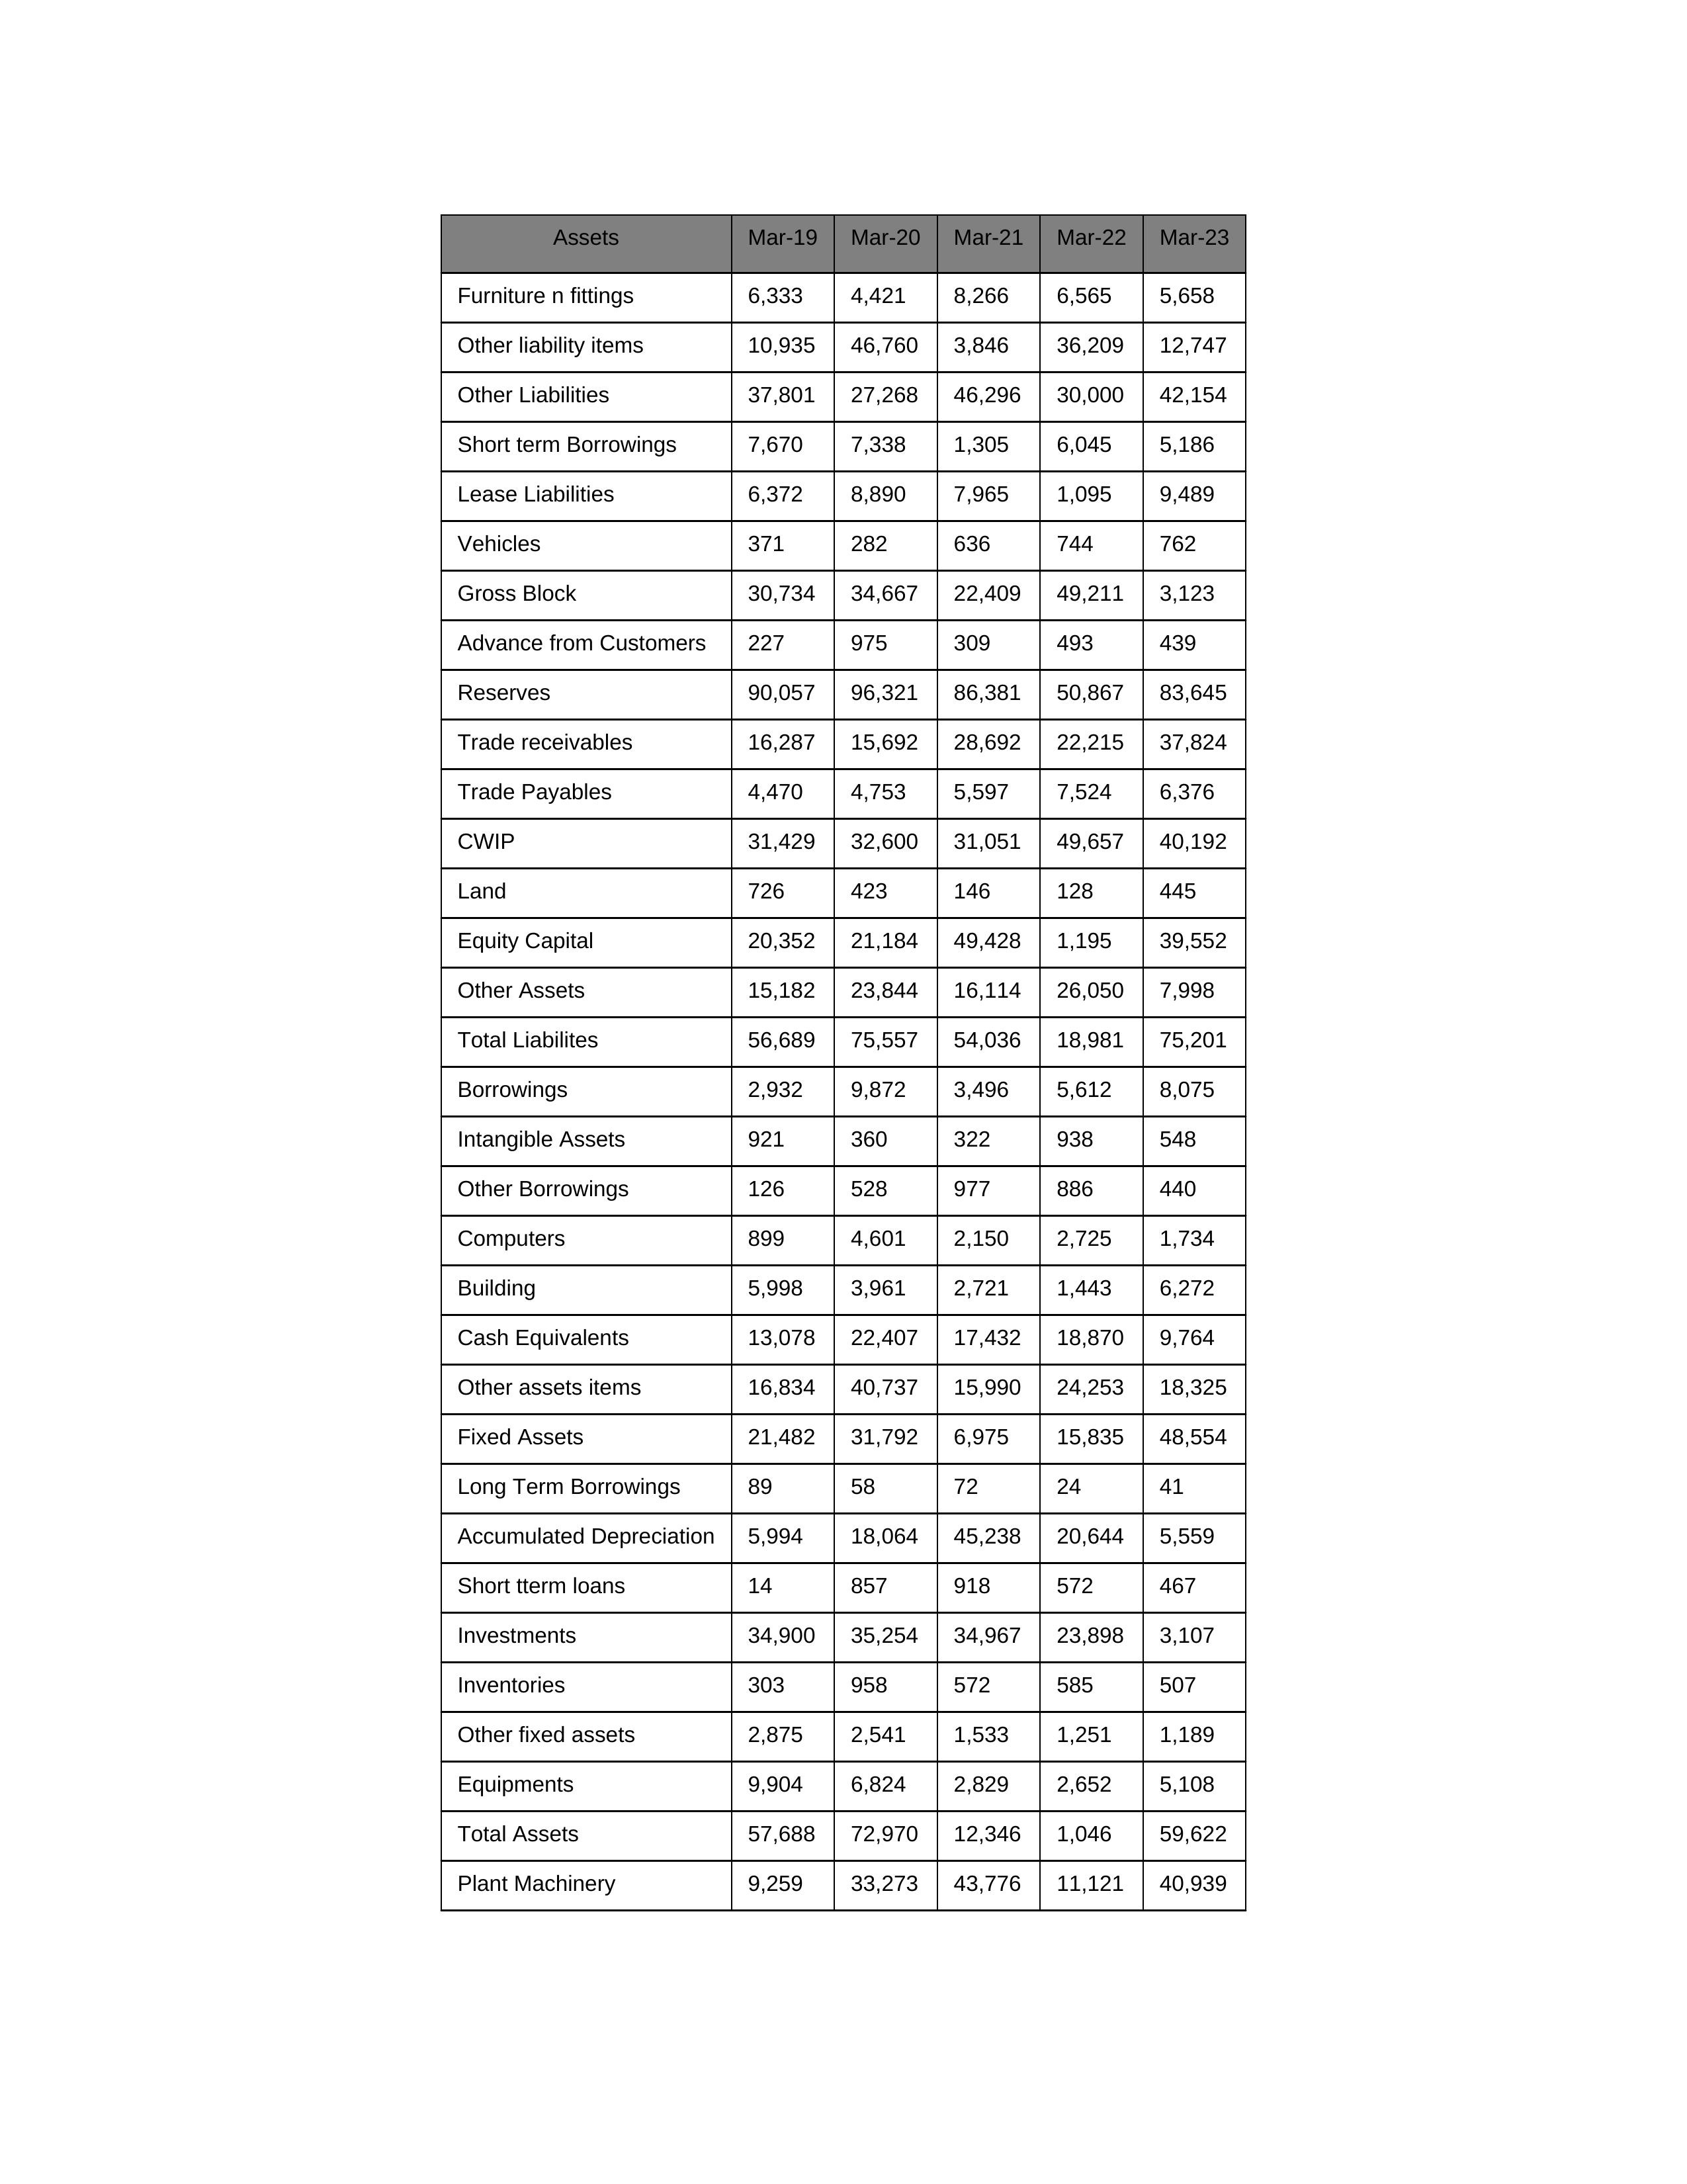
gt_parse: Mar-19: Equity Capital: 20,352
Reserves: 90,057
Borrowings: 2,932
Long Term Borrowings: 89
Short term Borrowings: 7,670
Lease Liabilities: 6,372
Other Borrowings: 126
Other Liabilities: 37,801
Trade Payables: 4,470
Advance from Customers: 227
Other liability items: 10,935
Total Liabilites: 56,689
Fixed Assets: 21,482
Land: 726
Building: 5,998
Plant Machinery: 9,259
Equipments: 9,904
Computers: 899
Furniture n fittings: 6,333
Vehicles: 371
Intangible Assets: 921
Other fixed assets: 2,875
Gross Block: 30,734
Accumulated Depreciation: 5,994
CWIP: 31,429
Investments: 34,900
Other Assets: 15,182
Inventories: 303
Trade receivables: 16,287
Cash Equivalents: 13,078
Short tterm loans: 14
Other assets items: 16,834
Total Assets: 57,688
Mar-20: Equity Capital: 21,184
Reserves: 96,321
Borrowings: 9,872
Long Term Borrowings: 58
Short term Borrowings: 7,338
Lease Liabilities: 8,890
Other Borrowings: 528
Other Liabilities: 27,268
Trade Payables: 4,753
Advance from Customers: 975
Other liability items: 46,760
Total Liabilites: 75,557
Fixed Assets: 31,792
Land: 423
Building: 3,961
Plant Machinery: 33,273
Equipments: 6,824
Computers: 4,601
Furniture n fittings: 4,421
Vehicles: 282
Intangible Assets: 360
Other fixed assets: 2,541
Gross Block: 34,667
Accumulated Depreciation: 18,064
CWIP: 32,600
Investments: 35,254
Other Assets: 23,844
Inventories: 958
Trade receivables: 15,692
Cash Equivalents: 22,407
Short tterm loans: 857
Other assets items: 40,737
Total Assets: 72,970
Mar-21: Equity Capital: 49,428
Reserves: 86,381
Borrowings: 3,496
Long Term Borrowings: 72
Short term Borrowings: 1,305
Lease Liabilities: 7,965
Other Borrowings: 977
Other Liabilities: 46,296
Trade Payables: 5,597
Advance from Customers: 309
Other liability items: 3,846
Total Liabilites: 54,036
Fixed Assets: 6,975
Land: 146
Building: 2,721
Plant Machinery: 43,776
Equipments: 2,829
Computers: 2,150
Furniture n fittings: 8,266
Vehicles: 636
Intangible Assets: 322
Other fixed assets: 1,533
Gross Block: 22,409
Accumulated Depreciation: 45,238
CWIP: 31,051
Investments: 34,967
Other Assets: 16,114
Inventories: 572
Trade receivables: 28,692
Cash Equivalents: 17,432
Short tterm loans: 918
Other assets items: 15,990
Total Assets: 12,346
Mar-22: Equity Capital: 1,195
Reserves: 50,867
Borrowings: 5,612
Long Term Borrowings: 24
Short term Borrowings: 6,045
Lease Liabilities: 1,095
Other Borrowings: 886
Other Liabilities: 30,000
Trade Payables: 7,524
Advance from Customers: 493
Other liability items: 36,209
Total Liabilites: 18,981
Fixed Assets: 15,835
Land: 128
Building: 1,443
Plant Machinery: 11,121
Equipments: 2,652
Computers: 2,725
Furniture n fittings: 6,565
Vehicles: 744
Intangible Assets: 938
Other fixed assets: 1,251
Gross Block: 49,211
Accumulated Depreciation: 20,644
CWIP: 49,657
Investments: 23,898
Other Assets: 26,050
Inventories: 585
Trade receivables: 22,215
Cash Equivalents: 18,870
Short tterm loans: 572
Other assets items: 24,253
Total Assets: 1,046
Mar-23: Equity Capital: 39,552
Reserves: 83,645
Borrowings: 8,075
Long Term Borrowings: 41
Short term Borrowings: 5,186
Lease Liabilities: 9,489
Other Borrowings: 440
Other Liabilities: 42,154
Trade Payables: 6,376
Advance from Customers: 439
Other liability items: 12,747
Total Liabilites: 75,201
Fixed Assets: 48,554
Land: 445
Building: 6,272
Plant Machinery: 40,939
Equipments: 5,108
Computers: 1,734
Furniture n fittings: 5,658
Vehicles: 762
Intangible Assets: 548
Other fixed assets: 1,189
Gross Block: 3,123
Accumulated Depreciation: 5,559
CWIP: 40,192
Investments: 3,107
Other Assets: 7,998
Inventories: 507
Trade receivables: 37,824
Cash Equivalents: 9,764
Short tterm loans: 467
Other assets items: 18,325
Total Assets: 59,622